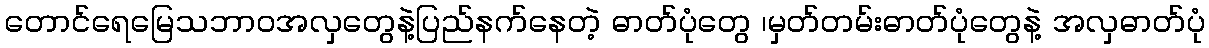
တောင်ရေမြေသဘာ၀အလှတွေနဲ့ပြည်နက်နေတဲ့ ဓာတ်ပုံတွေ ၊မှတ်တမ်းဓာတ်ပုံတွေနဲ့ အလှဓာတ်ပုံ